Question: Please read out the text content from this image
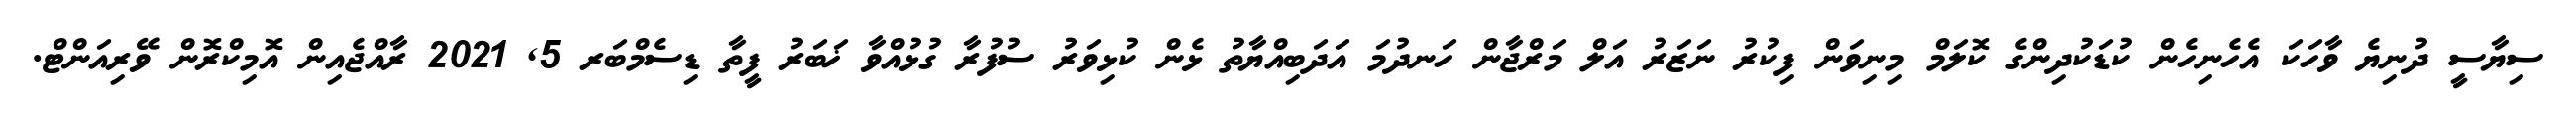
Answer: ސިޔާސީ ދުނިޔެ ވާހަކަ އެހެނިހެން ކުޑަކުދިންގެ ކޮލަމް މިނިވަން ފިކުރު ނަޒަރު އަލް މަރްޖާން ހަނދުމަ އަދަބިއްޔާތު ޅެން ކުޅިވަރު ސުފުރާ ގުޅުއްވާ ޚަބަރު ފީތާ ޑިސެމްބަރ 5, 2021 ރާއްޖެއިން އޮމިކްރޮން ވޭރިއަންޓް.